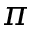
\pi